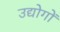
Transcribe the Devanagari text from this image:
उद्योगोंं